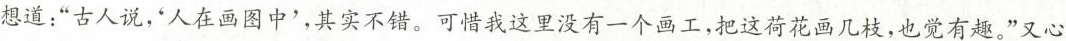
想道：”古人说，人在画图中'，其实不错。可惜我这里没有一个画工，把这荷花画几枝，也觉有趣。”又心